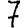
Digit: 7